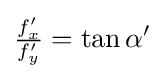
{\tfrac {f'_{x}}{f'_{y}}}=\tan \alpha '